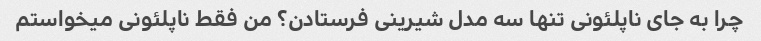
چرا به جای ناپلئونی تنها سه مدل شیرینی فرستادن؟ من فقط ناپلئونی میخواستم